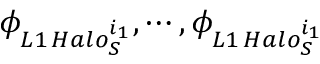
\phi _ { L 1 \, H a l o _ { S } ^ { i _ { 1 } } } , \cdots , \phi _ { L 1 \, H a l o _ { S } ^ { i _ { 1 } } }